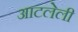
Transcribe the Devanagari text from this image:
आटलेली